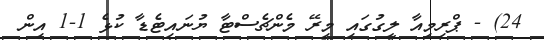
24) - ޕްރިމިއާ ލީގުގައި މިރޭ މެންޗެސްޓާ ޔުނައިޓެޑާ ކުޅެ 1-1 އިން